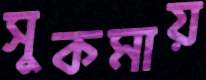
সুকমায়